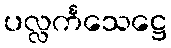
ပလ္လင်္ကသေဋ္ဌေ